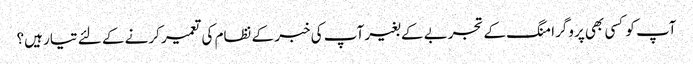
آپ کو کسی بھی پروگرامنگ کے تجربے کے بغیر آپ کی خبر کے نظام کی تعمیر کرنے کے لئے تیار ہیں؟